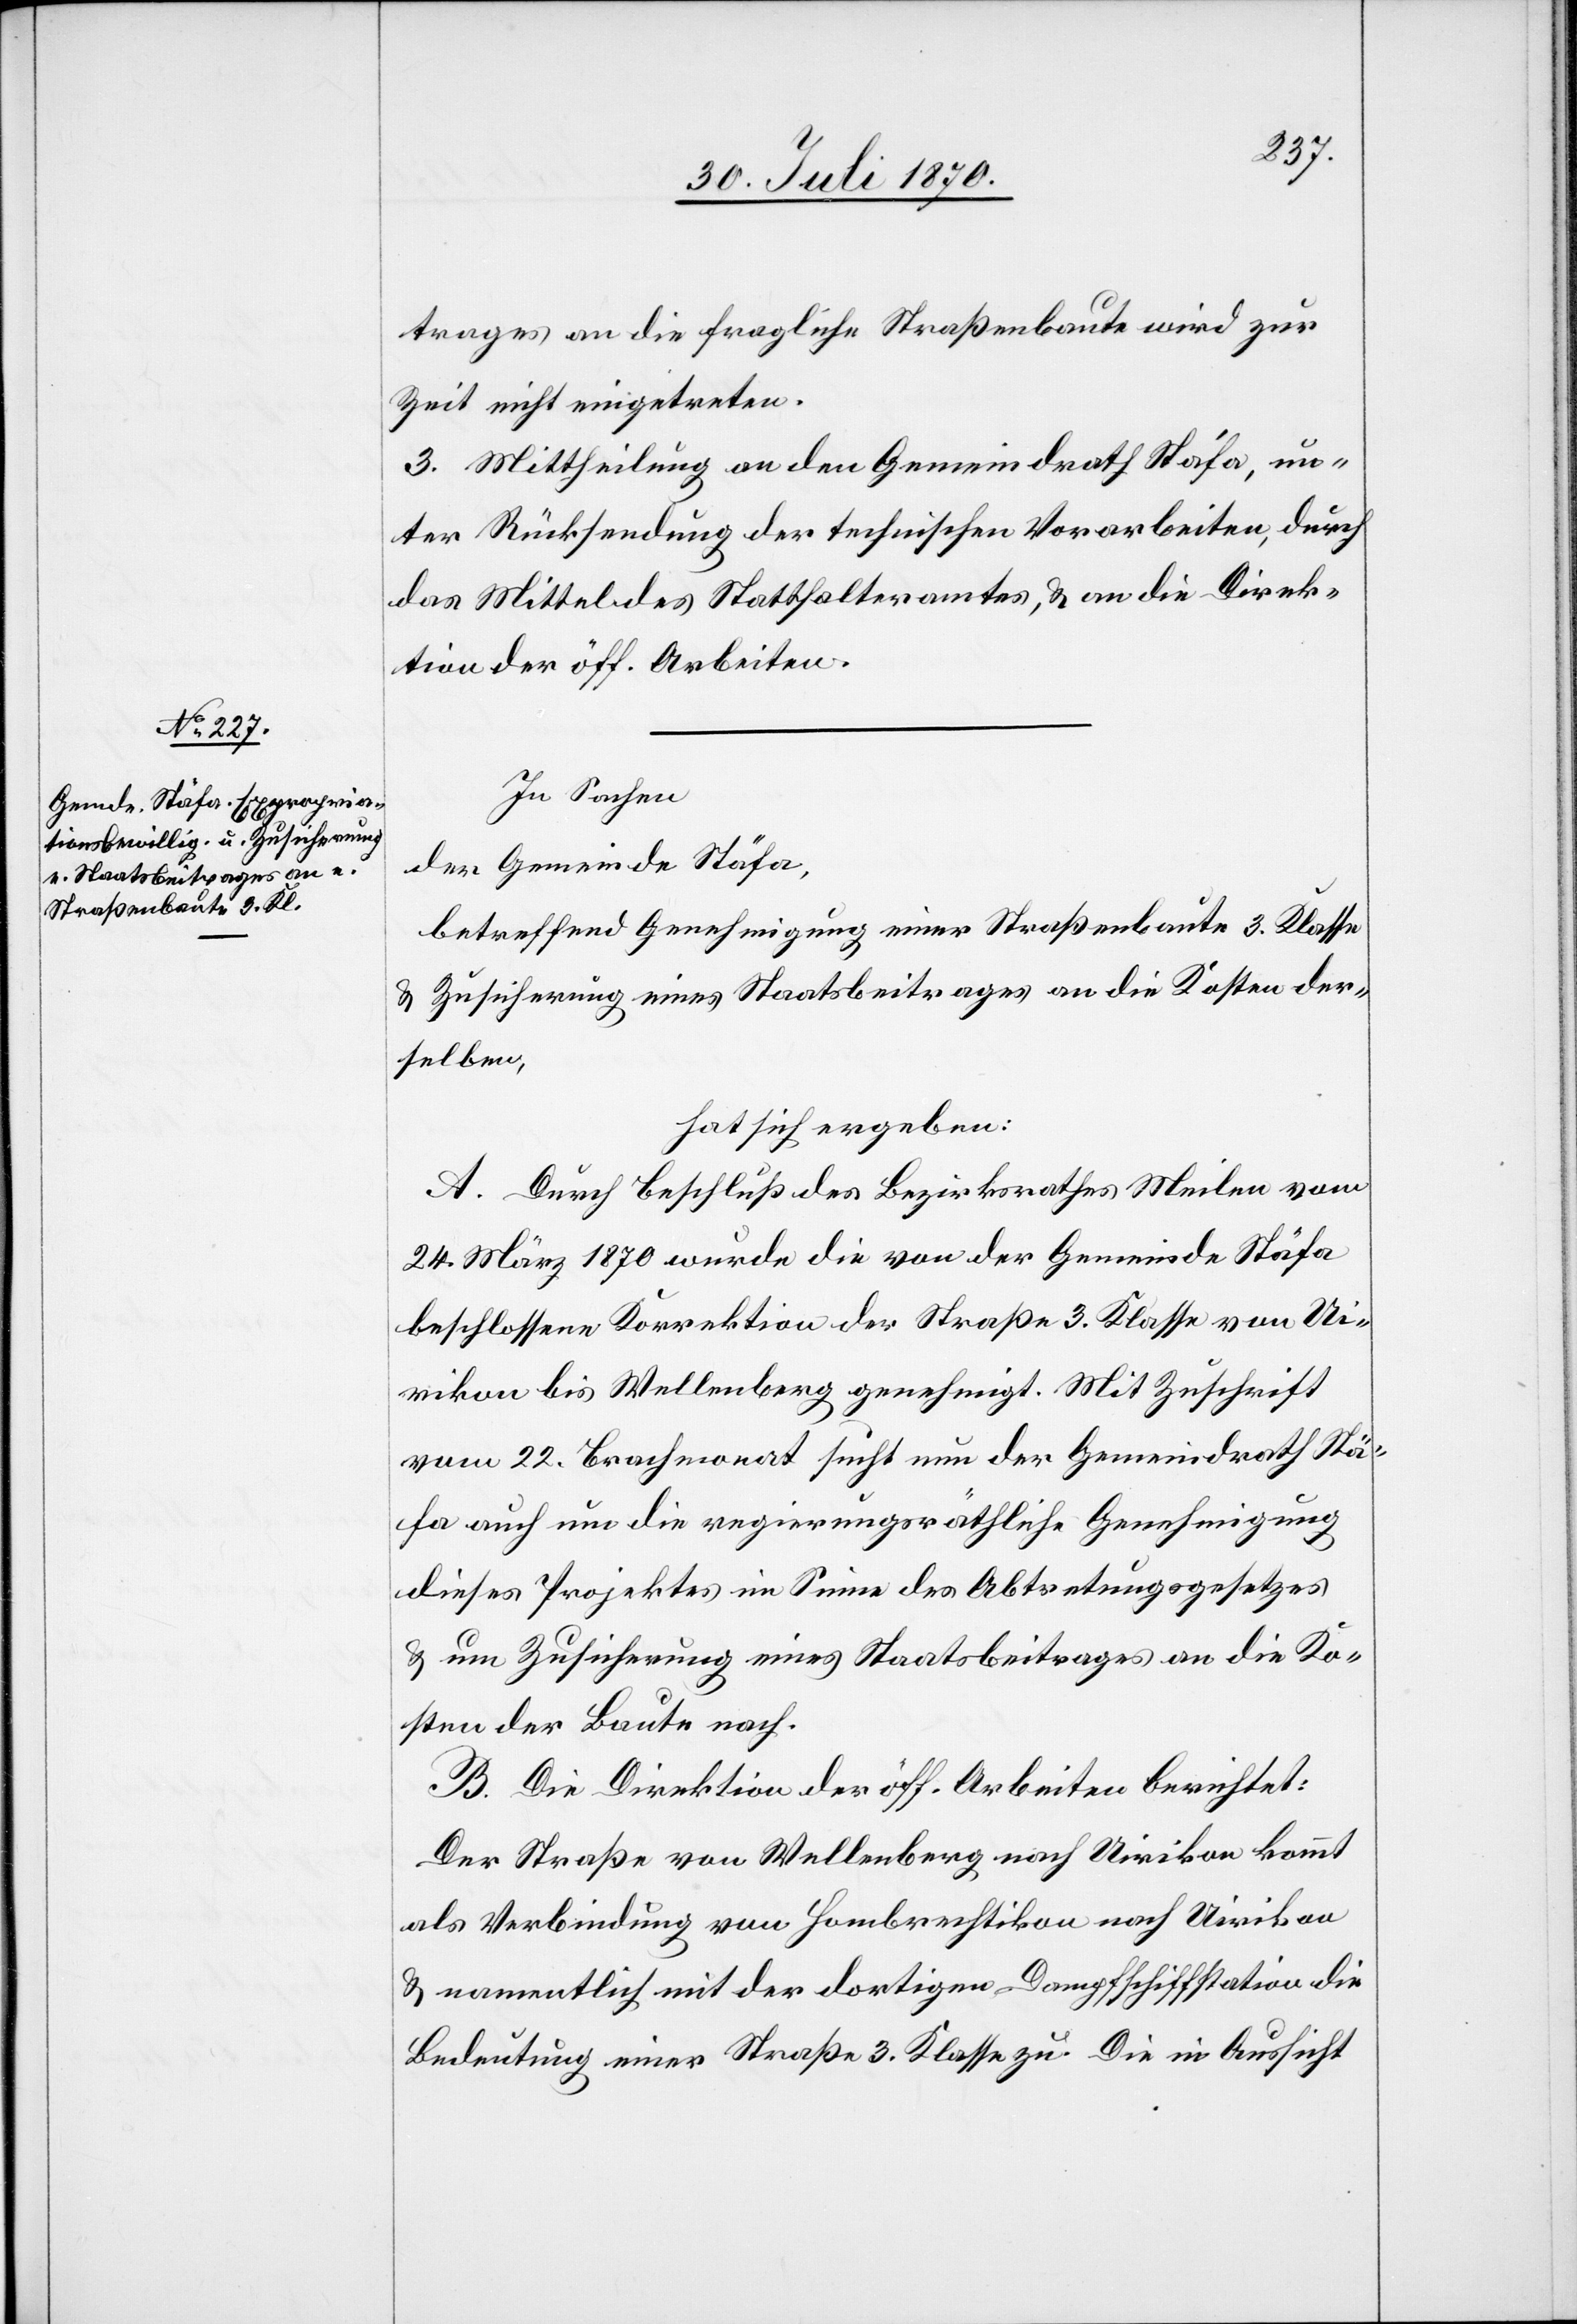
trages an die fragliche Straßenbaute wird zur
Zeit nicht eingetreten.
3. Mittheilung an den Gemeindrath Stäfa, un¬
ter Rücksendung der technischen Vorarbeiten, durch
das Mittel des Statthalteramtes, & an die Direk¬
tion der öff. Arbeiten.
In Sachen
der Gemeinde Stäfa,
betreffend Genehmigung einer Straßenbaute 3. Klasse
& Zusicherung eines Staatsbeitrages an die Kosten der¬
selben,
hat sich ergeben:
A. Durch Beschluß des Bezirksrathes Meilen vom
24. März 1870 wurde die von der Gemeinde Stäfa
beschlossene Korrektion der Straße 3. Klasse von Ui¬
rikon bis Wellenberg genehmig. Mit Zuschrift
vom 22. Brachmonat sucht nun der Gemeindrath Stä¬
fa auch um die regierungsräthliche Genehmigung
dieses Projektes im Sinne des Abtretungsgesetzes
& um Zusicherung eines Staatsbeitrages an die Ko¬
sten der Baute nach.
B. Die Direktion der öff. Arbeiten berichtet:
Der Straße von Wellenberg nach Uirikon kommt
als Verbindung von Hombrechtikon nach Uirikon
& namentlich mit der dortigen Dampfschiffstation die
Bedeutung einer Straße 3. Klasse zu. Die in Aussicht